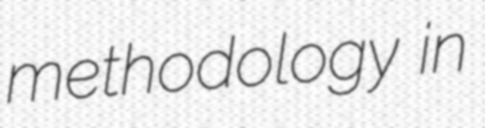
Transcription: methodology in